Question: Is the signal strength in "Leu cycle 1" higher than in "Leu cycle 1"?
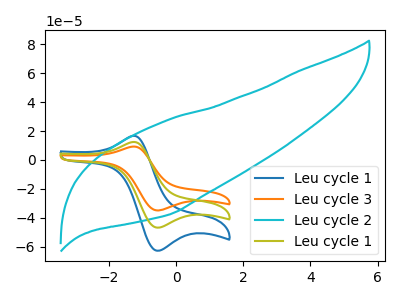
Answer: <think>The blue curve "Leu cycle 1" has an anodic peak at (-1.30V, 16.55uA) and a cathodic peak at (-0.55V, -62.60uA). The orange curve "Leu cycle 3" has an anodic peak at (-1.30V, 24.65uA) and a cathodic peak at (-0.55V, -93.35uA). The cyan curve "Leu cycle 2" has no peaks. The olive curve "Leu cycle 1" has an anodic peak at (-1.30V, 12.35uA) and a cathodic peak at (-0.55V, -46.65uA).
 All the peaks in "Leu cycle 1" have a peak in "Leu cycle 1" at the same potential. Every peak in "Leu cycle 1" is higher than every peak in "Leu cycle 1".</think>
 <answer>"Leu cycle 1" has more signal than "Leu cycle 1".</answer>
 <eval>more_signal</eval>